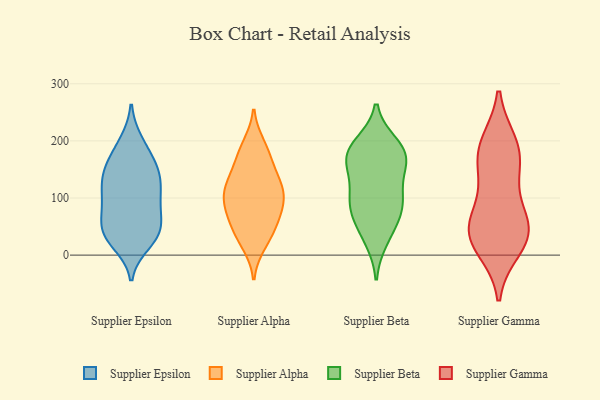
{"axis": {"x": "Revenue (USD Million)", "y": "Value"}, "legend": ["Supplier Alpha", "Supplier Beta", "Supplier Epsilon", "Supplier Gamma"], "data": [{"x": "", "y": 95, "type": "Supplier Epsilon"}, {"x": "", "y": 42, "type": "Supplier Epsilon"}, {"x": "", "y": 198, "type": "Supplier Epsilon"}, {"x": "", "y": 165, "type": "Supplier Epsilon"}, {"x": "", "y": 34, "type": "Supplier Epsilon"}, {"x": "", "y": 84, "type": "Supplier Epsilon"}, {"x": "", "y": 139, "type": "Supplier Epsilon"}, {"x": "", "y": 142, "type": "Supplier Epsilon"}, {"x": "", "y": 45, "type": "Supplier Epsilon"}, {"x": "", "y": 21, "type": "Supplier Epsilon"}, {"x": "", "y": 93, "type": "Supplier Epsilon"}, {"x": "", "y": 123, "type": "Supplier Epsilon"}, {"x": "", "y": 120, "type": "Supplier Epsilon"}, {"x": "", "y": 53, "type": "Supplier Epsilon"}, {"x": "", "y": 43, "type": "Supplier Epsilon"}, {"x": "", "y": 30, "type": "Supplier Epsilon"}, {"x": "", "y": 88, "type": "Supplier Epsilon"}, {"x": "", "y": 143, "type": "Supplier Epsilon"}, {"x": "", "y": 158, "type": "Supplier Epsilon"}, {"x": "", "y": 192, "type": "Supplier Epsilon"}, {"x": "", "y": 127, "type": "Supplier Alpha"}, {"x": "", "y": 182, "type": "Supplier Alpha"}, {"x": "", "y": 174, "type": "Supplier Alpha"}, {"x": "", "y": 61, "type": "Supplier Alpha"}, {"x": "", "y": 89, "type": "Supplier Alpha"}, {"x": "", "y": 106, "type": "Supplier Alpha"}, {"x": "", "y": 117, "type": "Supplier Alpha"}, {"x": "", "y": 31, "type": "Supplier Alpha"}, {"x": "", "y": 20, "type": "Supplier Alpha"}, {"x": "", "y": 59, "type": "Supplier Alpha"}, {"x": "", "y": 135, "type": "Supplier Alpha"}, {"x": "", "y": 41, "type": "Supplier Alpha"}, {"x": "", "y": 192, "type": "Supplier Alpha"}, {"x": "", "y": 106, "type": "Supplier Alpha"}, {"x": "", "y": 93, "type": "Supplier Alpha"}, {"x": "", "y": 82, "type": "Supplier Alpha"}, {"x": "", "y": 145, "type": "Supplier Alpha"}, {"x": "", "y": 122, "type": "Supplier Beta"}, {"x": "", "y": 87, "type": "Supplier Beta"}, {"x": "", "y": 165, "type": "Supplier Beta"}, {"x": "", "y": 193, "type": "Supplier Beta"}, {"x": "", "y": 162, "type": "Supplier Beta"}, {"x": "", "y": 99, "type": "Supplier Beta"}, {"x": "", "y": 180, "type": "Supplier Beta"}, {"x": "", "y": 184, "type": "Supplier Beta"}, {"x": "", "y": 47, "type": "Supplier Beta"}, {"x": "", "y": 169, "type": "Supplier Beta"}, {"x": "", "y": 28, "type": "Supplier Beta"}, {"x": "", "y": 75, "type": "Supplier Beta"}, {"x": "", "y": 91, "type": "Supplier Beta"}, {"x": "", "y": 13, "type": "Supplier Gamma"}, {"x": "", "y": 194, "type": "Supplier Gamma"}, {"x": "", "y": 112, "type": "Supplier Gamma"}, {"x": "", "y": 30, "type": "Supplier Gamma"}, {"x": "", "y": 53, "type": "Supplier Gamma"}, {"x": "", "y": 187, "type": "Supplier Gamma"}, {"x": "", "y": 40, "type": "Supplier Gamma"}, {"x": "", "y": 39, "type": "Supplier Gamma"}, {"x": "", "y": 179, "type": "Supplier Gamma"}, {"x": "", "y": 154, "type": "Supplier Gamma"}, {"x": "", "y": 55, "type": "Supplier Gamma"}]}